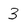
Character: 3